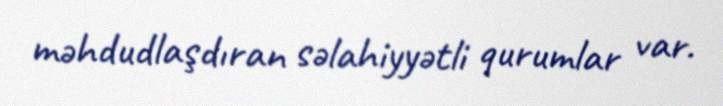
məhdudlaşdıran səlahiyyətli qurumlar var.